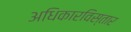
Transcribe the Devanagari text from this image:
अधिकारविस्तार